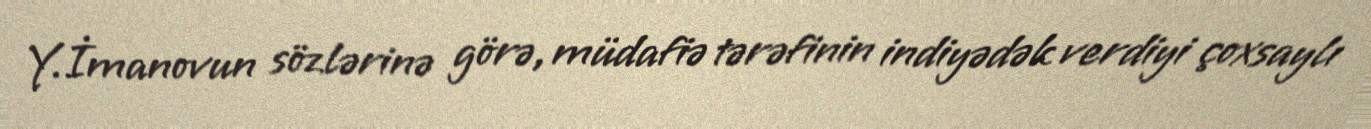
Y.İmanovun sözlərinə görə, müdafiə tərəfinin indiyədək verdiyi çoxsaylı